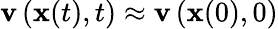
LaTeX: \mathbf{v}\left(\mathbf{x}(t),t\right)\approx\mathbf{v}\left(\mathbf{x}(0),0\right)